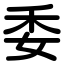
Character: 委